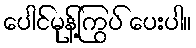
ပေါင်မုန့်ကြွပ် ပေးပါ။